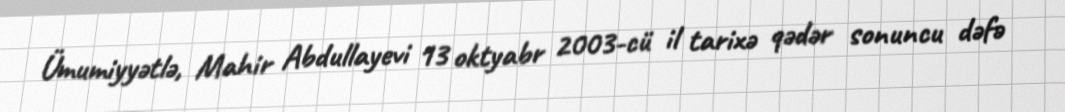
Ümumiyyətlə, Mahir Abdullayevi 13 oktyabr 2003-cü il tarixə qədər sonuncu dəfə